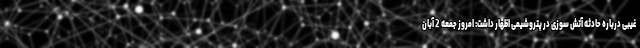
غیبی درباره حادثه آتش سوزی در پتروشیمی اظهار داشت: امروز جمعه 2 آبان